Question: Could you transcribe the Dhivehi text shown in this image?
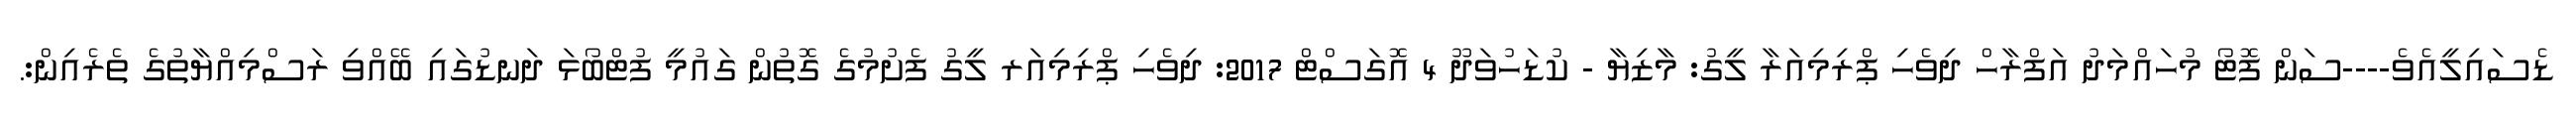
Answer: ޑެސައިލީއެވެ----ސަން ފޮޓޯ މުހައްމަދު އަފްރާހް ދިވެހި ޕްރިމިއަރާ ލީގު: މާޒިޔާ - ކުޑަހުވަދޫ 4 އޮގަސްޓް 2017: ދިވެހި ޕްރިމިއަރ ލީގު ފެށުމުގެ ގޮތުން ގައުމީ ފުޓްބޯޅަ ދަނޑުގައި ބޭއްވި ރަސްމިއްޔާތުގެ ތެރެއިން:.